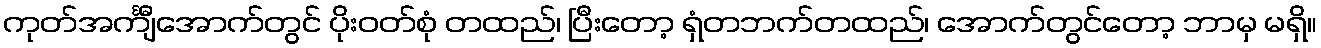
ကုတ်အင်္ကျီအောက်တွင် ပိုးဝတ်စုံ တထည်၊ ပြီးတော့ ရှံတဘက်တထည်၊ အောက်တွင်တော့ ဘာမှ မရှိ။